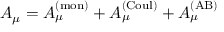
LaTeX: A _ { \mu } = A _ { \mu } ^ { ( \mathrm { m o n } ) } + A _ { \mu } ^ { ( \mathrm { C o u l } ) } + A _ { \mu } ^ { ( \mathrm { A B } ) }